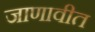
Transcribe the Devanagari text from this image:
जाणावीत